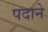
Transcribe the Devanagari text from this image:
पदाने